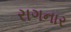
રાગનાર